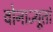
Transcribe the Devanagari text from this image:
वोनाज्यूतां